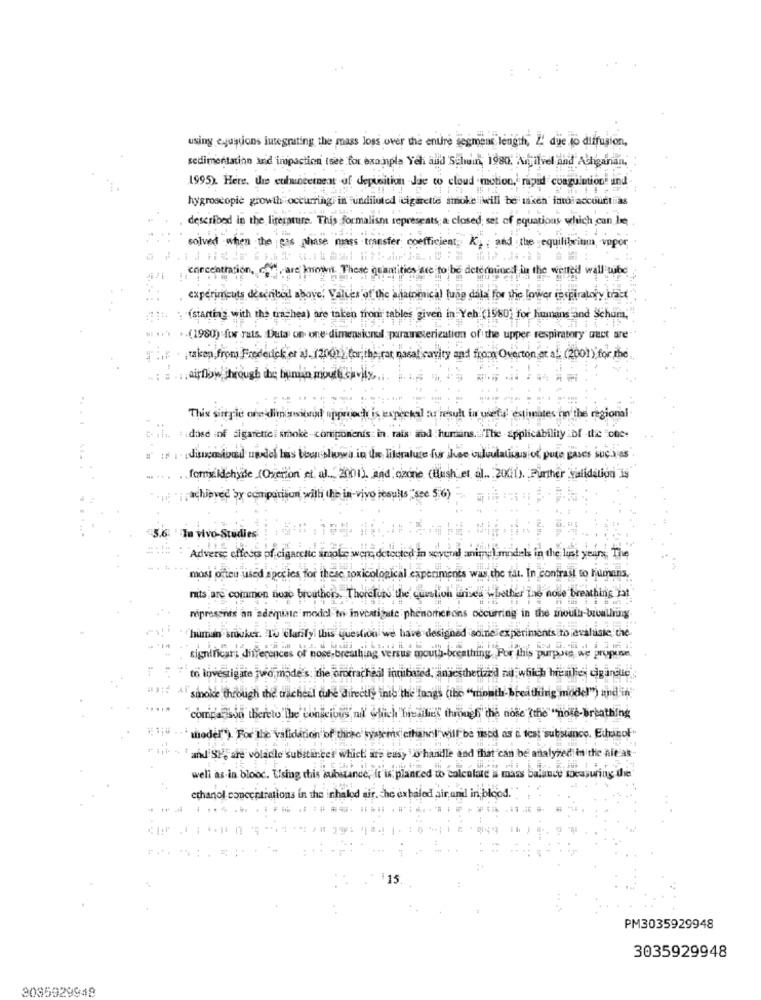
using equations integrating the mass Joss over the entire segment length, L' die to diffusion,
sedimentation and impaction twee for example Yeh and Salein, 1980. Anivel and Actigaran.
1995). Here, the enhancement of deposition Jae to cloud motion, rapid conguinion und
hygroscopie growth occurring in undiluted cigarette smoke iwill be takch iniaccourti as
described in the literature. This formalism represents; a closed; set of equations which can be
solved when the gas phase mass transfer coefficient. K. , and the equilibrium impor
concentration, are known. These quantities ace to
I in the werted wall tube
experimcuts described above, Values of the anatomical lung dala for the lower respiratory tract"
(starting with the trichea) are taken from tables given in Yeh (1980' for humans and Schum,"
+.(1980) fos rats. Duta on one dimensional parameterization of the upper respiratory ouct are
taken from Frederick er a]. 120000 for the rat nasal cavity and from Overton or a. (2001) for the
: . ... airflow through the human moute chvilx
This single one dimissional approch is expeckal tur resuh in usete estimates on the regional
is discosional usdel has been shown in the literature for those calculations of pute gases such as
formaldehyde (Oretion et al ., 2001) and ozone (Blush et al. 2001). Further Validation is
[oachipved by comparison with the in-vivo losults "see 5.6)
In vivo Studies
Adverse effects pf ciga
several anigul'models in the list years. The
most ofteu used sipocies for these toxicological experiments was the tai. In contrast to humans.
mats are common noso brouthers, Therelute the question arises whether Ine nose breathing Jat
represents an adequate medel to investigate phenomenons occurring in the mouth-bowling
human bruker. To clarify this question we have designed soine experiments to evaluate the
significari differences of nose,
ath-breathing For this purpose, we propose.
to lovesigate juro mode's: the orotracheil innibased, anaesthetized ni which hemlies cigandue
sinoke through the tracheul tuhe directly this the Tongs (the "month-breathing mode!") and 'in
.....
compa son thereto the conscious ml which hisallies through the nose the"nose-breathing
" mioder"). For the validation of these systems cihai
test substance. Ethinof"
' and'SP,are voladle subiticer which ars eusy o handle and that can be analyzed in the nit at-
well as-in blood. Using this substance, it i planted to calculate a mass balance focasuring the
ethanol concentrations in the inhaled air. che exhaled.
ir and in blood.
PM3035929948
3035929948
3085929948